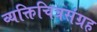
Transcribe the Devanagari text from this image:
व्यक्तिचित्रसंग्रह